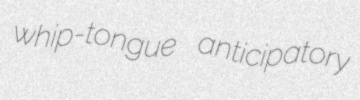
whip-tongue anticipatory